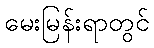
မေးမြန်းရာတွင်